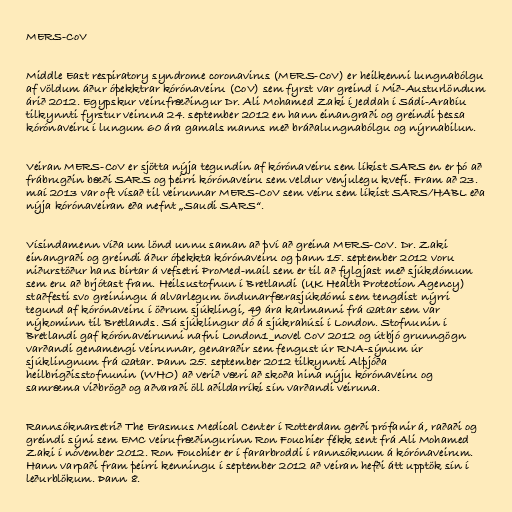
MERS-CoV

Middle East respiratory syndrome coronavirus (MERS-CoV) er heilkenni lungnabólgu
af völdum áður óþekktrar kórónaveiru (CoV) sem fyrst var greind í Mið-Austurlöndum
árið 2012. Egypskur veirufræðingur Dr. Ali Mohamed Zaki í Jeddah í Sádi-Arabíu
tilkynnti fyrstur veiruna 24. september 2012 en hann einangraði og greindi þessa
kórónaveiru í lungum 60 ára gamals manns með bráðalungnabólgu og nýrnabilun.

Veiran MERS-CoV er sjötta nýja tegundin af kórónaveiru sem líkist SARS en er þó að
frábrugðin bæði SARS og þeirri kórónaveiru sem veldur venjulegu kvefi. Fram að 23.
maí 2013 var oft vísað til veirunnar MERS-CoV sem veiru sem líkist SARS/HABL eða
nýja kórónaveiran eða nefnt „Saudi SARS“.

Vísindamenn víða um lönd unnu saman að því að greina MERS-CoV. Dr. Zaki
einangraði og greindi áður óþekkta kórónaveiru og þann 15. september 2012 voru
niðurstöður hans birtar á vefsetri ProMed-mail sem er til að fylgjast með sjúkdómum
sem eru að brjótast fram. Heilsustofnun í Bretlandi (UK Health Protection Agency)
staðfesti svo greiningu á alvarlegum öndunarfærasjúkdómi sem tengdist nýrri
tegund af kórónaveiru í öðrum sjúklingi, 49 ára karlmanni frá Qatar sem var
nýkominn til Bretlands. Sá sjúklingur dó á sjúkrahúsi í London. Stofnunin í
Bretlandi gaf kórónaveirunni nafni London1_novel CoV 2012 og útbjó grunngögn
varðandi genamengi veirunnar, genaraðir sem fengust úr RNA-sýnum úr
sjúklingnum frá Qatar. Þann 25. september 2012 tilkynnti Alþjóða
heilbrigðisstofnunin (WHO) að verið væri að skoða hina nýju kórónaveiru og
samræma viðbrögð og aðvaraði öll aðildarríki sín varðandi veiruna.

Rannsóknarsetrið The Erasmus Medical Center í Rotterdam gerði prófanir á, raðaði og
greindi sýni sem EMC veirufræðingurinn Ron Fouchier fékk sent frá Ali Mohamed
Zaki í nóvember 2012. Ron Fouchier er í fararbroddi í rannsóknum á kórónaveirum.
Hann varpaði fram þeirri kenningu í september 2012 að veiran hefði átt upptök sín í
leðurblökum. Þann 8.